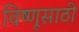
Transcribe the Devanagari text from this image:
विष्णूसाठी